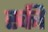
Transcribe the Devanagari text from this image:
स्‍की